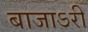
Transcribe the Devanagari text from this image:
बाजाऽरी